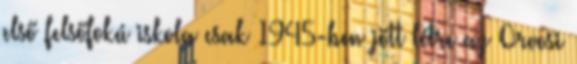
első felsőfokú iskola csak 1945-ben jött létre az Orvosi